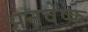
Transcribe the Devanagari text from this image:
अनवेष्क